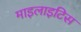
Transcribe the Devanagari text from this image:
माइलाइटिस